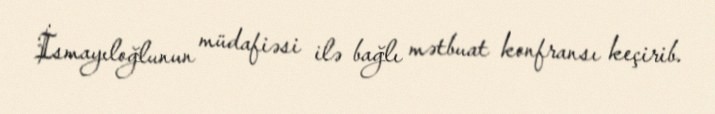
İsmayıloğlunun müdafiəsi ilə bağlı mətbuat konfransı keçirib.